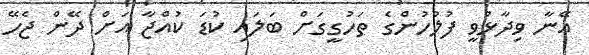
އޭނާ ވިދާޅުވީ ފުލުހުންގެ ތަހުގީގަށް ބަލައި ކުޑަ ކުއްޖާ އަށް ދޭން ޖެހޭ